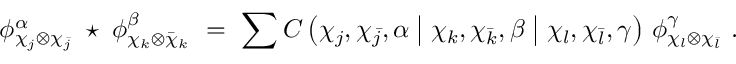
\phi _ { \chi _ { j } \otimes \chi _ { \bar { j } } } ^ { \alpha } \; \star \; \phi _ { \chi _ { k } \otimes \bar { \chi } _ { k } } ^ { \beta } \ = \ \sum C \left( \chi _ { j } , \chi _ { \bar { j } } , \alpha \bigm | \chi _ { k } , \chi _ { \bar { k } } , \beta \bigm | \chi _ { l } , \chi _ { \bar { l } } , \gamma \right) \, \phi _ { \chi _ { l } \otimes \chi _ { \bar { l } } } ^ { \gamma } \ .